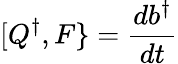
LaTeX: [Q^{\dagger},F\} ={\frac{db^{\dagger}}{dt}}